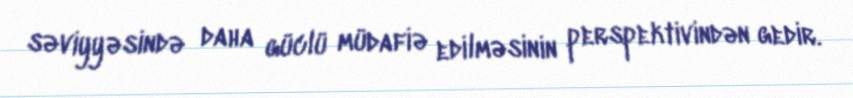
səviyyəsində daha güclü müdafiə edilməsinin perspektivindən gedir.